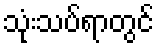
သုံးသပ်ရာတွင်